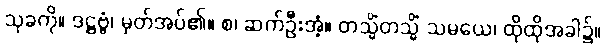
သုခကို။ ဒဋ္ဌဗ္ဗံ၊ မှတ်အပ်၏။ စ၊ ဆက်ဦးအံ့။ တသ္မိံတသ္မိံ သမယေ၊ ထိုထိုအခါ၌။